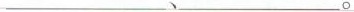
___、___。